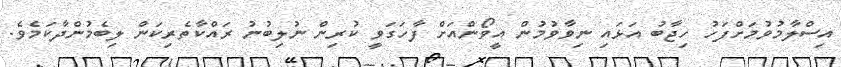
އިސްލާމުވުމަށްފަހު ހިޖާބު އަޅައި ނިވާވުމުން އީވޯންއަށް ފާހަގަވީ ކުރިން ނުލިބުނު ރައްކާތެރިކަން ލިބެމުންދާކަމެވެ.